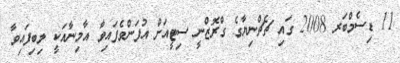
11 ޑިސެމްބަރ 2008 ގައި ޗެޗްނިޔާގެ ގްރޮޒްނީ ސިޓީއަށް އުފަންވެފައިވާ އާމިނާއަކީ ލިބިފައިވާ